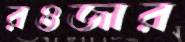
রওজার